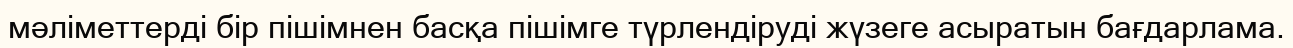
мәліметтерді бір пішімнен басқа пішімге түрлендіруді жүзеге асыратын бағдарлама.